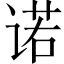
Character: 诺